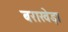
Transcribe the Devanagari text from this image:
बराखेड़ा